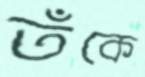
তঁকে